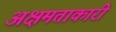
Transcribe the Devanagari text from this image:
अक्षमताकारी